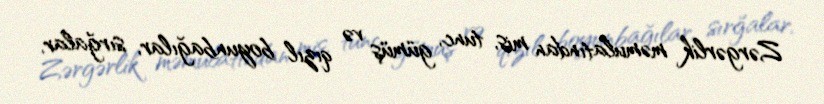
Zərgərlik məmulatından mis, tunc, gümüş və qızıl boyunbağılar, sırğalar,